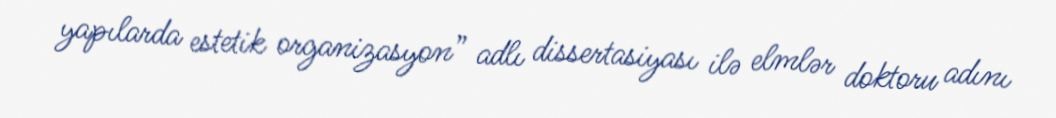
yapılarda estetik organizasyon” adlı dissertasiyası ilə elmlər doktoru adını